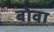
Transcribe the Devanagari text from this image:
बोवा